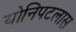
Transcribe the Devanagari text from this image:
योनिपटलास